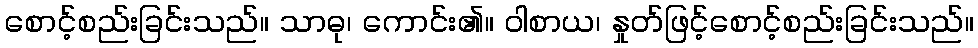
စောင့်စည်းခြင်းသည်။ သာဓု၊ ကောင်း၏။ ဝါစာယ၊ နှုတ်ဖြင့်စောင့်စည်းခြင်းသည်။